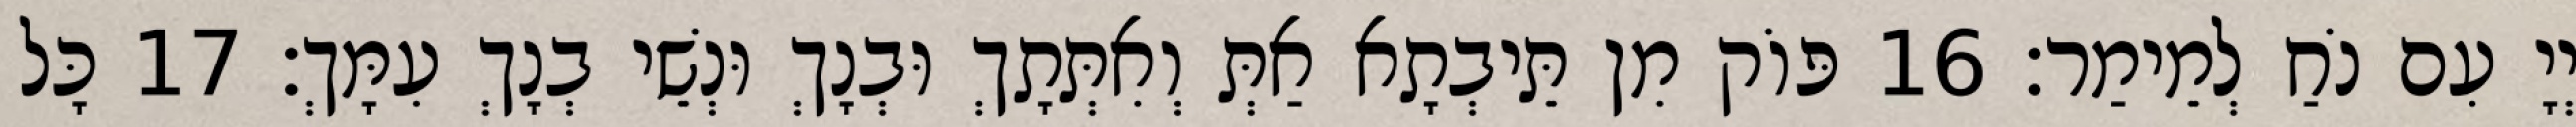
יְיָ עִם נֹחַ לְמֵימַר׃ 16 פּוֹק מִן תֵּיבְתָא אַתְּ וְאִתְּתָךְ וּבְנָךְ וּנְשֵׁי בְנָךְ עִמָּךְ׃ 17 כָּל